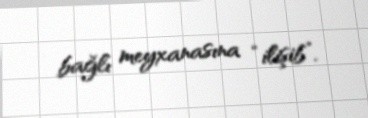
bağlı meyxanasına “ilişib”.